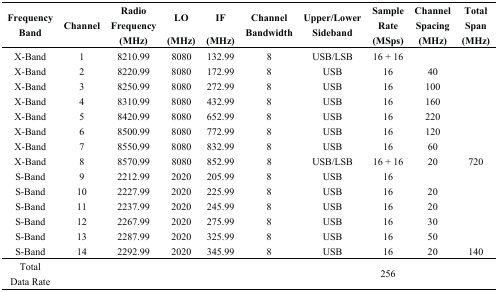
<table><thead><tr><td rowspan="2"><b>Frequency Band</b></td><td rowspan="2"><b>Channel</b></td><td><b>Radio Frequency</b></td><td><b>LO</b></td><td><b>IF</b></td><td rowspan="2"><b>Channel Bandwidth</b></td><td rowspan="2"><b>Upper/Lower Sideband</b></td><td><b>Sample Rate</b></td><td><b>Channel Spacing</b></td><td><b>Total Span</b></td></tr><tr><td><b>(MHz)</b></td><td><b>(MHz)</b></td><td><b>(MHz)</b></td><td><b>(MSps)</b></td><td><b>(MHz)</b></td><td><b>(MHz)</b></td></tr></thead><tbody><tr><td>X-Band</td><td>1</td><td>8210.99</td><td>8080</td><td>132.99</td><td>8</td><td>USB/LSB</td><td>16 + 16</td><td></td><td></td></tr><tr><td>X-Band</td><td>2</td><td>8220.99</td><td>8080</td><td>172.99</td><td>8</td><td>USB</td><td>16</td><td>40</td><td></td></tr><tr><td>X-Band</td><td>3</td><td>8250.99</td><td>8080</td><td>272.99</td><td>8</td><td>USB</td><td>16</td><td>100</td><td></td></tr><tr><td>X-Band</td><td>4</td><td>8310.99</td><td>8080</td><td>432.99</td><td>8</td><td>USB</td><td>16</td><td>160</td><td></td></tr><tr><td>X-Band</td><td>5</td><td>8420.99</td><td>8080</td><td>652.99</td><td>8</td><td>USB</td><td>16</td><td>220</td><td></td></tr><tr><td>X-Band</td><td>6</td><td>8500.99</td><td>8080</td><td>772.99</td><td>8</td><td>USB</td><td>16</td><td>120</td><td></td></tr><tr><td>X-Band</td><td>7</td><td>8550.99</td><td>8080</td><td>832.99</td><td>8</td><td>USB</td><td>16</td><td>60</td><td></td></tr><tr><td>X-Band</td><td>8</td><td>8570.99</td><td>8080</td><td>852.99</td><td>8</td><td>USB/LSB</td><td>16 + 16</td><td>20</td><td>720</td></tr><tr><td>S-Band</td><td>9</td><td>2212.99</td><td>2020</td><td>205.99</td><td>8</td><td>USB</td><td>16</td><td></td><td></td></tr><tr><td>S-Band</td><td>10</td><td>2227.99</td><td>2020</td><td>225.99</td><td>8</td><td>USB</td><td>16</td><td>20</td><td></td></tr><tr><td>S-Band</td><td>11</td><td>2237.99</td><td>2020</td><td>245.99</td><td>8</td><td>USB</td><td>16</td><td>20</td><td></td></tr><tr><td>S-Band</td><td>12</td><td>2267.99</td><td>2020</td><td>275.99</td><td>8</td><td>USB</td><td>16</td><td>30</td><td></td></tr><tr><td>S-Band</td><td>13</td><td>2287.99</td><td>2020</td><td>325.99</td><td>8</td><td>USB</td><td>16</td><td>50</td><td></td></tr><tr><td>S-Band</td><td>14</td><td>2292.99</td><td>2020</td><td>345.99</td><td>8</td><td>USB</td><td>16</td><td>20</td><td>140</td></tr><tr><td>Total Data Rate</td><td></td><td></td><td></td><td></td><td></td><td></td><td>256</td><td></td><td></td></tr></tbody></table>